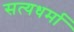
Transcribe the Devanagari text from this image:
सत्यधर्मा